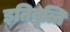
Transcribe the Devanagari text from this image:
इतिवृत्ति